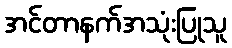
အင်တာနက်အသုံးပြုသူ